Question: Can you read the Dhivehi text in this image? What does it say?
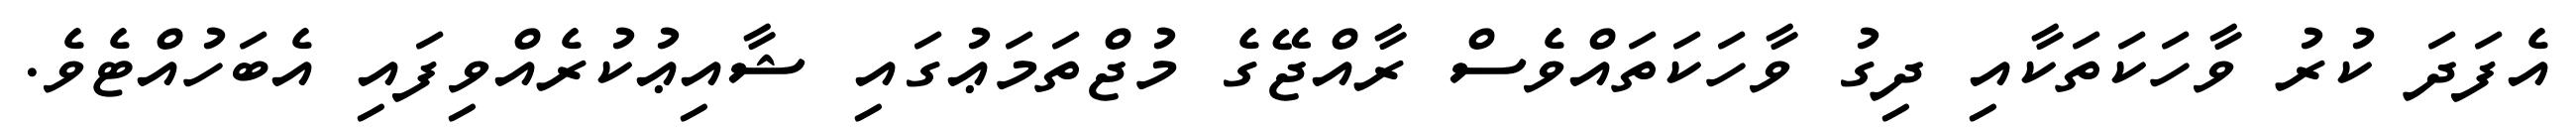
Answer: އެފަދަ ކުރު ވާހަކަތަކާއި ދިގު ވާހަކަތައްވެސް ރާއްޖޭގެ މުޖްތަމަޢުގައި ޝާއިޢުކުރެއްވިފައި އެބަހުއްޓެވެ.